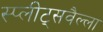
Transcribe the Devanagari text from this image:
स्प्लीट्सवैल्ला